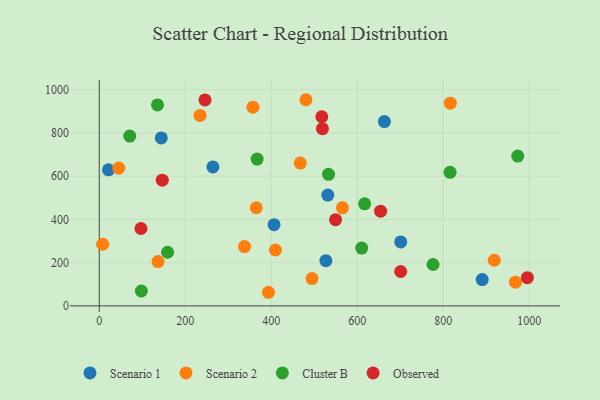
{"axis": {"x": "Price", "y": "Profit"}, "legend": ["Cluster B", "Observed", "Scenario 1", "Scenario 2"], "data": [{"x": "531.6", "y": 512.6, "type": "Scenario 1"}, {"x": "21.4", "y": 629.2, "type": "Scenario 1"}, {"x": "527.0", "y": 209.2, "type": "Scenario 1"}, {"x": "406.5", "y": 375.7, "type": "Scenario 1"}, {"x": "890.7", "y": 121.7, "type": "Scenario 1"}, {"x": "144.2", "y": 776.8, "type": "Scenario 1"}, {"x": "663.2", "y": 852.7, "type": "Scenario 1"}, {"x": "264.3", "y": 642.9, "type": "Scenario 1"}, {"x": "701.2", "y": 295.9, "type": "Scenario 1"}, {"x": "480.6", "y": 953.6, "type": "Scenario 2"}, {"x": "337.7", "y": 274.1, "type": "Scenario 2"}, {"x": "7.8", "y": 285.1, "type": "Scenario 2"}, {"x": "968.1", "y": 109.5, "type": "Scenario 2"}, {"x": "365.2", "y": 453.8, "type": "Scenario 2"}, {"x": "494.8", "y": 126.1, "type": "Scenario 2"}, {"x": "357.3", "y": 919.0, "type": "Scenario 2"}, {"x": "234.5", "y": 880.9, "type": "Scenario 2"}, {"x": "393.4", "y": 62.9, "type": "Scenario 2"}, {"x": "918.7", "y": 211.0, "type": "Scenario 2"}, {"x": "409.7", "y": 258.5, "type": "Scenario 2"}, {"x": "565.5", "y": 453.4, "type": "Scenario 2"}, {"x": "45.2", "y": 637.3, "type": "Scenario 2"}, {"x": "467.5", "y": 660.7, "type": "Scenario 2"}, {"x": "136.6", "y": 204.9, "type": "Scenario 2"}, {"x": "816.5", "y": 937.5, "type": "Scenario 2"}, {"x": "533.2", "y": 608.5, "type": "Cluster B"}, {"x": "617.2", "y": 472.0, "type": "Cluster B"}, {"x": "158.9", "y": 248.1, "type": "Cluster B"}, {"x": "135.4", "y": 929.4, "type": "Cluster B"}, {"x": "70.9", "y": 785.6, "type": "Cluster B"}, {"x": "367.1", "y": 679.2, "type": "Cluster B"}, {"x": "776.3", "y": 191.4, "type": "Cluster B"}, {"x": "610.4", "y": 267.3, "type": "Cluster B"}, {"x": "97.9", "y": 68.8, "type": "Cluster B"}, {"x": "815.9", "y": 617.6, "type": "Cluster B"}, {"x": "973.3", "y": 693.0, "type": "Cluster B"}, {"x": "245.9", "y": 952.5, "type": "Observed"}, {"x": "654.3", "y": 438.0, "type": "Observed"}, {"x": "146.5", "y": 581.4, "type": "Observed"}, {"x": "549.5", "y": 398.9, "type": "Observed"}, {"x": "96.9", "y": 357.8, "type": "Observed"}, {"x": "519.0", "y": 819.9, "type": "Observed"}, {"x": "995.7", "y": 130.3, "type": "Observed"}, {"x": "701.0", "y": 159.0, "type": "Observed"}, {"x": "517.6", "y": 874.8, "type": "Observed"}]}